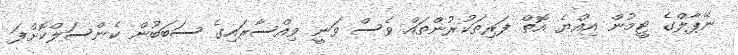
ނޭޕާލްގެ ޓީމުން އިއްޔެ އޮތް ފަރިތަކުރުންތައް ވެސް ވަނީ ވިއްސާރައިގެ ސަބަބުން ކެންސަލްކޮށްފަ